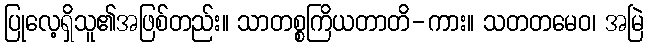
ပြုလေ့ရှိသူ၏အဖြစ်တည်း။ သာတစ္စကြိယတာတိ-ကား။ သတတမေဝ၊ အမြဲ